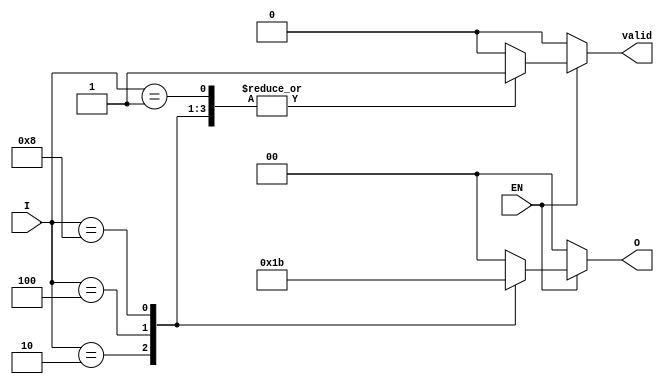
module one_of_n_encoder (
    input wire [3:0] I,    // 4 input lines
    input wire EN,         // Enable signal
    output reg [1:0] O,    // 2 output lines
    output reg valid       // Indicates if the output is valid
);

    always @(*) begin
        if (EN) begin
            case (I)
                4'b0001: begin
                    O = 2'b00;
                    valid = 1'b1;
                end
                4'b0010: begin
                    O = 2'b01;
                    valid = 1'b1;
                end
                4'b0100: begin
                    O = 2'b10;
                    valid = 1'b1;
                end
                4'b1000: begin
                    O = 2'b11;
                    valid = 1'b1;
                end
                default: begin
                    O = 2'b00; // Default output when no input is active
                    valid = 1'b0; // Invalid output
                end
            endcase
        end else begin
            O = 2'b00; // Outputs are zero when enable is low
            valid = 1'b0; // Invalid output
        end
    end

endmodule